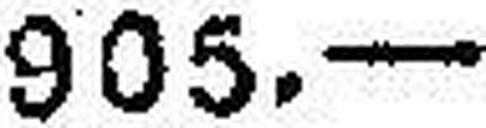
905.—